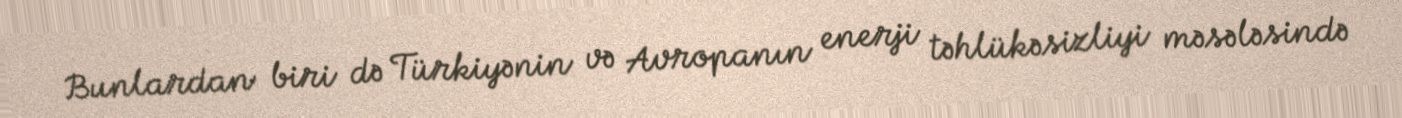
Bunlardan biri də Türkiyənin və Avropanın enerji təhlükəsizliyi məsələsində